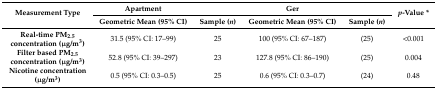
| <ROWSPAN=2> Measurement Type | Apartment |  | Ger |  | <ROWSPAN=2> p-Value * |
 | Geometric Mean (95% CI) | Sample (n) | Geometric Mean (95% CI) | Sample (n) |
 | --- | --- | --- | --- | --- | --- |
 | Real-time PM2.5 concentration (μg/m3) | 31.5 (95% CI: 17–99) | 25 | 100 (95% CI: 67–187) | (25) | <0.001 |
 | Filter based PM2.5 concentration (μg/m3) | 52.8 (95% CI: 39–297) | 23 | 127.8 (95% CI: 86–190) | (25) | 0.004 |
 | Nicotine concentration (μg/m3) | 0.5 (95% CI: 0.3–0.5) | 25 | 0.6 (95% CI: 0.3–0.7) | (24) | 0.48 |